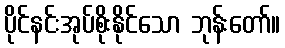
ပိုင်နင်းအုပ်စိုးနိုင်သော ဘုန်းတော်။